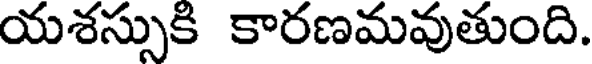
యశస్సుకి కారణమవుతుంది.